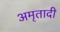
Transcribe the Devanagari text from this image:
अमृतादी